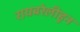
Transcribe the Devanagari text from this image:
रायबरेलीहून